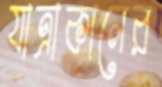
যাত্রাকালের